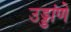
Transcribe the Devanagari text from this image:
उड्डांणे